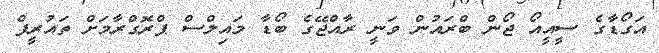
އަގޯޑާގެ ސީއީއޯ ޖޯން ބްރައުން ވަނީ ރާއްޖޭގެ ބޯޑާ މައިލްސް ޕްރޮގްރާމަށް ތައުރީފް